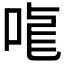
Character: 𠳧